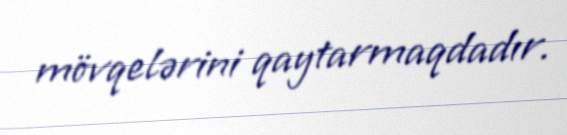
mövqelərini qaytarmaqdadır.